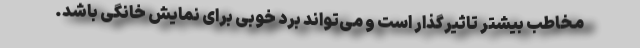
مخاطب بیشتر تاثیرگذار است و می‌تواند برد خوبی برای نمایش خانگی باشد.